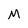
Character: M